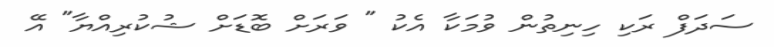
ސަދަފް ރަކި ހިނިތުން ވުމަކާ އެކު " ވަރަށް ބޮޑަށް ޝުކުރިއްޔާ" އޭ